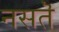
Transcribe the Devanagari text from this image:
नसतॆ